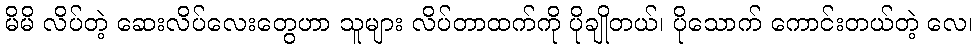
မိမိ လိပ်တဲ့ ဆေးလိပ်လေးတွေဟာ သူများ လိပ်တာထက်ကို ပိုချိုတယ်၊ ပိုသောက် ကောင်းတယ်တဲ့ လေ၊